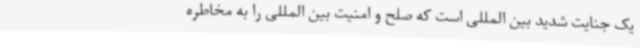
یک جنایت شدید بین المللی است که صلح و امنیت بین المللی را به مخاطره